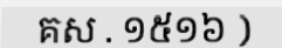
គស . ១៥១៦ )